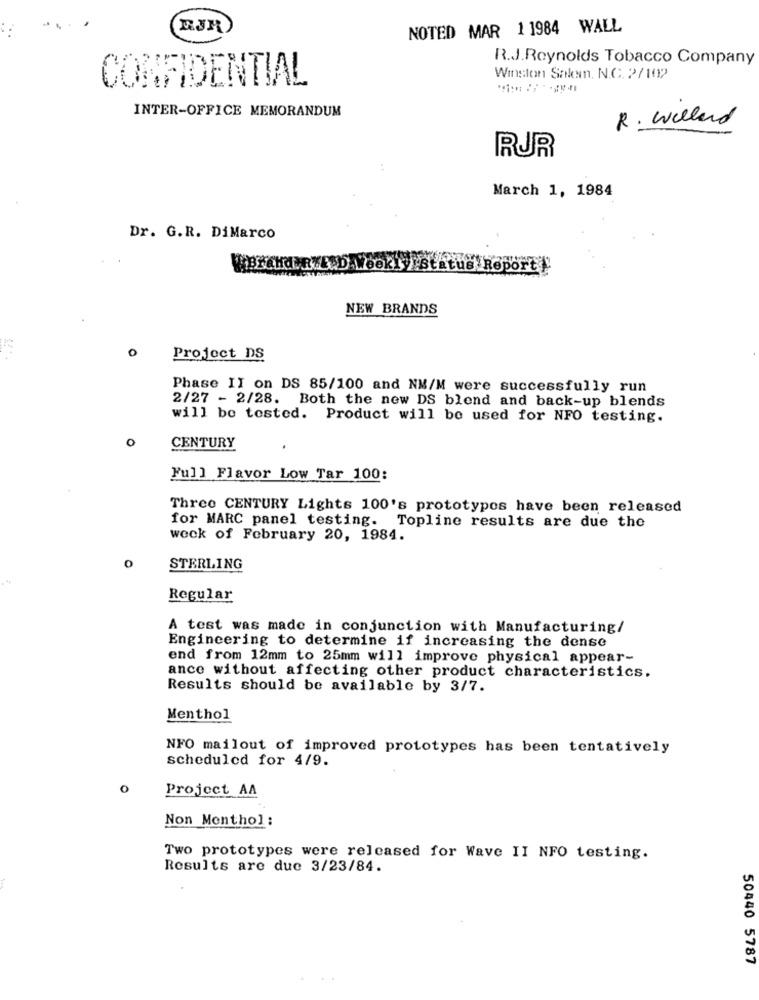
NOTED MAR 1 1984 WALL
R.J.Reynolds Tobacco Company
CONFIDENTIAL
Winston Salem. N.C. 2/102
INTER-OFFICE MEMORANDUM
R. Willard
RUR
. .
March 1, 1984
Dr. G.R. DiMarco
tus Report
NEW BRANDS
Project DS
Phase II on DS 85/100 and NM/M were successfully run
2/27 - 2/28. Both the new DS blend and back-up blends
will be tested. Product will be used for NFO testing.
0
CENTURY
Full Flavor Low Tar 100:
Three CENTURY Lights 100's prototypos have been released
for MARC panel testing. Topline results are due the
weck of February 20, 1984.
0
STERLING
Regular
A test was made in conjunction with Manufacturing/
Engineering to determine if increasing the dense
end from 12mm to 25mm will improve physical appear-
ance without affecting other product characteristics.
Results should be available by 3/7.
Menthol
NFO mailout of improved prototypes has been tentatively
scheduled for 4/9.
0
Project AA
Non Menthol :
Two prototypes were released for Wave II NFO testing.
Results are due 3/23/84.
50440 5787